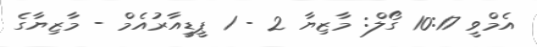
އެމްވީ 10:17 ގޯލް: މާޒިޔާ 2 - 1 ޕީޑީއާރުއެމް - މާޒިޔާގެ